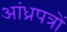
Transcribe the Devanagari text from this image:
आंध्रपत्रों